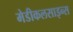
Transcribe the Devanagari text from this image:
मेडीकलसाइन्स